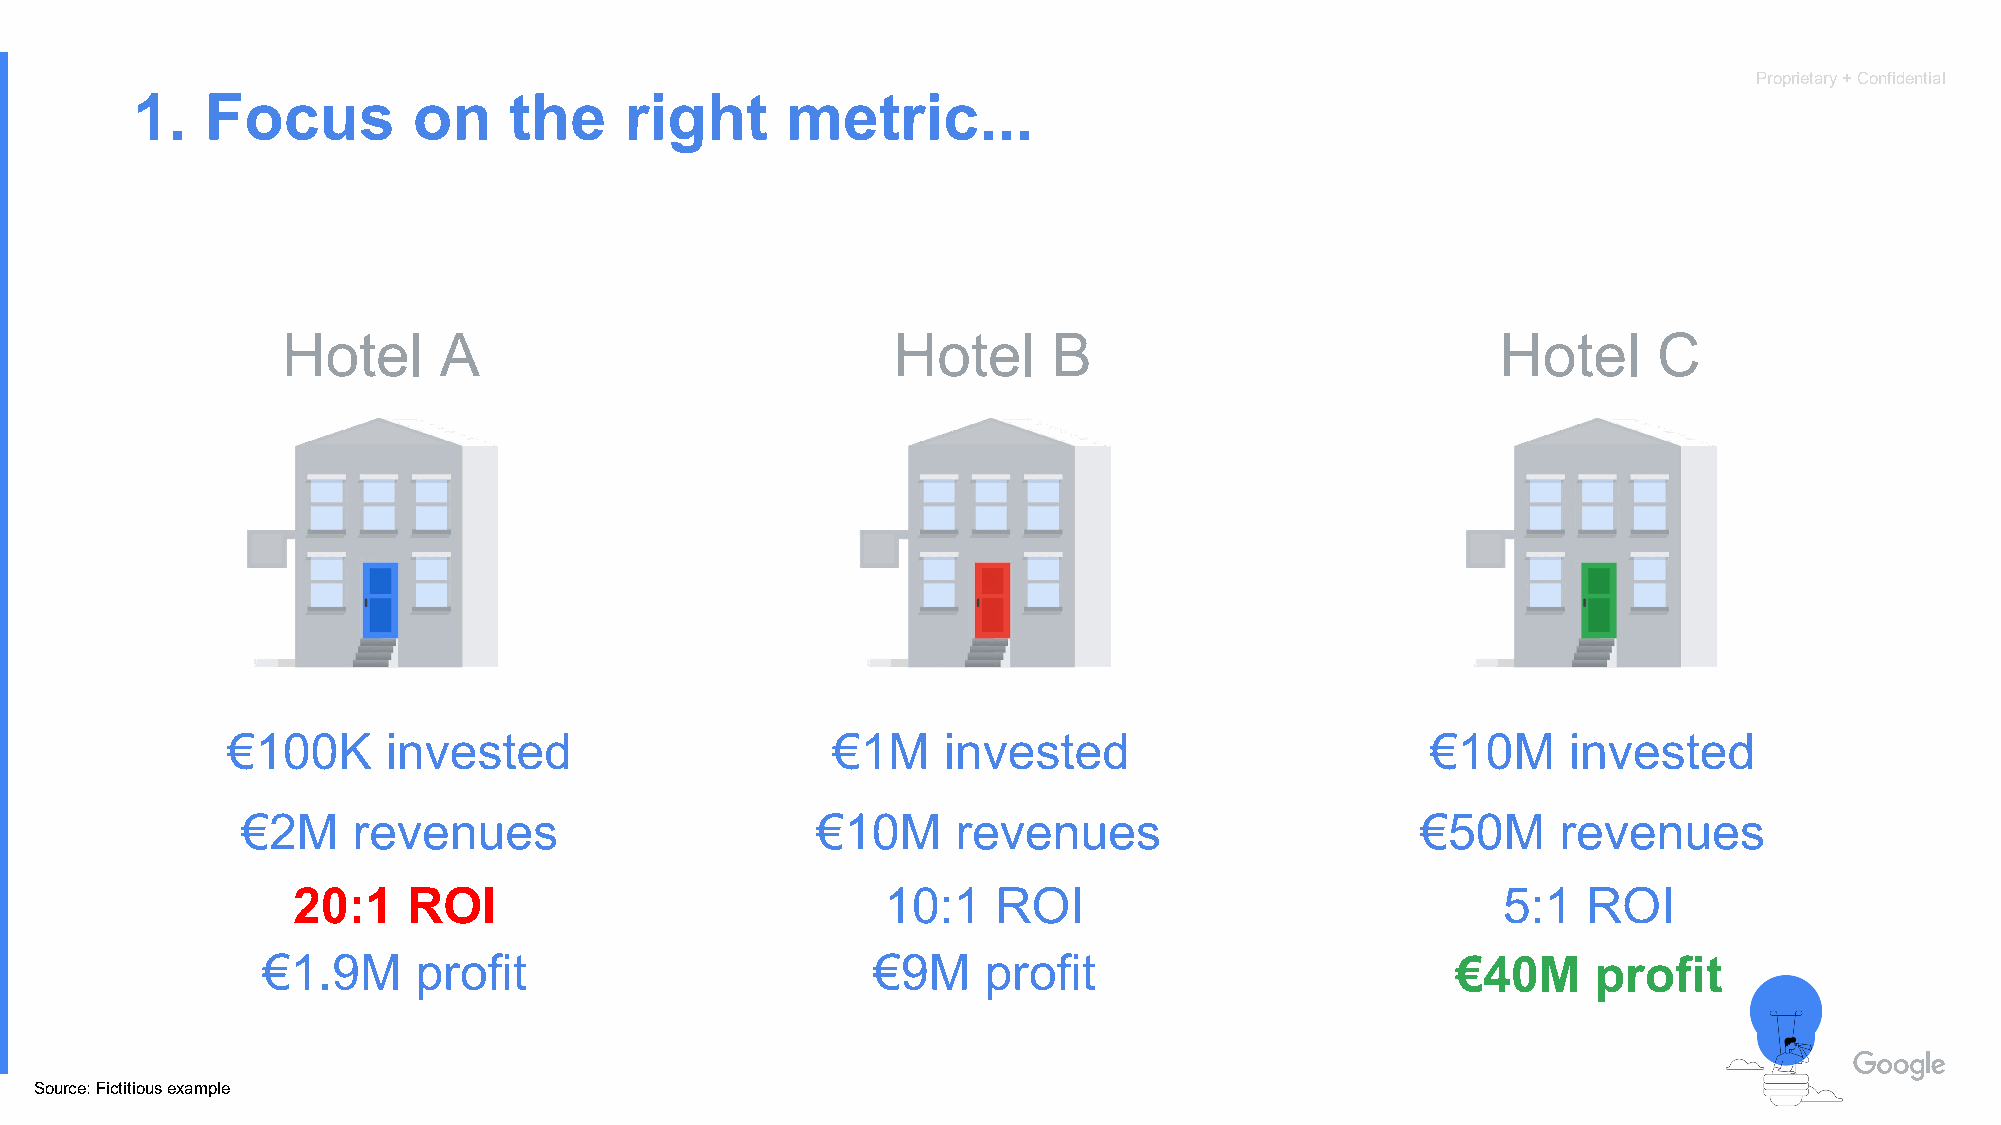
Proprietary + Confidential
 1.   Focus        on     the    right      metric...
 Hotel     A                             Hotel      B                            Hotel      C
 €100K      invested                   1€01%M  c ionsvte osft esdale            M€1a0xiMm uinmve psrtoefdit
 €2M    revenues                       €10M     revenues                       €50M     revenues
 222000:::111 RRROOOIII                  10:1   ROI                              5:1   ROI
 €1.9M     profit                         €9M    profit                         €40M      profit
 Source: Fictitious example